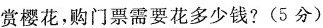
赏樱花，购门票需要花多少钱?(5分)